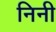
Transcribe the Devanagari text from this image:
निनी